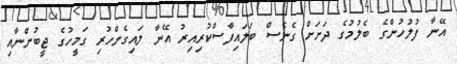
އޭނާ ފުލުހުންގެ ބެލުމުގެ ދަށަށް ގެނެސް ބަލައިފާސްކުރިއިރު އޭނާ ލައިގެންހުރި ގަމީހުގެ ޖީބުންނާއި